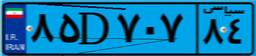
۹۴D۵۳۱۸۳